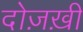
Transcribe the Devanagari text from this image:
दोज़ख़ी